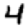
Digit: 4